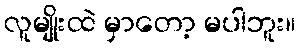
လူမျိုးထဲ မှာတော့ မပါဘူး။